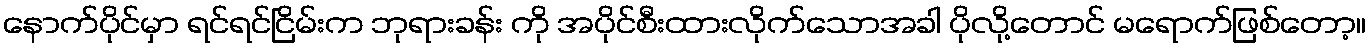
နောက်ပိုင်မှာ ရင်ရင်ငြိမ်းက ဘုရားခန်း ကို အပိုင်စီးထားလိုက်သောအခါ ပိုလို့တောင် မရောက်ဖြစ်တော့။